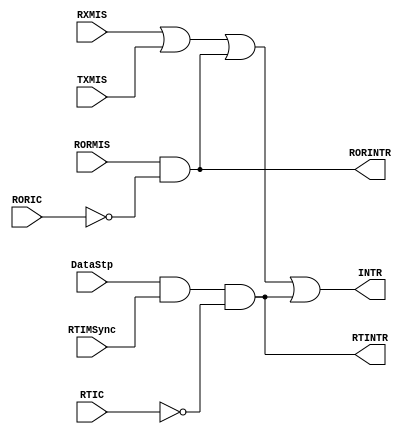
// This program was cloned from: https://github.com/verimake-team/SparkRoad-V
// License: MIT License

// --=========================================================================--
//  This confidential and proprietary software may be used only as
//  authorised by a licensing agreement from ARM Limited
//    (C) COPYRIGHT 2007-2008 ARM Limited
//        ALL RIGHTS RESERVED
//  The entire notice above must be reproduced on all authorised
//  copies and copies may only be made to the extent permitted
//  by a licensing agreement from ARM Limited.
// -----------------------------------------------------------------------------
//  
//  Version and Release Control Information:
//  
//  File Revision          : 20349
//  
//  Release Information : Cortex-M0 DesignStart-r2p0-00rel0
//  
// -----------------------------------------------------------------------------

// -----------------------------------------------------------------------------

// Purpose      : INTR Interrupt generation logic.

// --=========================================================================--

`timescale 1ns/1ps

// -----------------------------------------------------------------------------

module SspIntGen (
                  TXMIS, 
                  RXMIS, 
                  RORMIS,
                  DataStp,
                  RTIMSync,

                  RORIC,
                  RTIC,
                  RORINTR,
                  RTINTR,
                  INTR
                 );

// Inputs
input  TXMIS;    // Tx FIFO Service request
input  RXMIS;    // Rx FIFO Service request
input  RORMIS;   // Rx FIFO Overrun interrupt
input  DataStp;  // Rx TimeOut interrupt input
input  RTIMSync; // Rx TimeOut Interrupt Mask Sync
input  RORIC;    // Rx FIFO Overrun Clear input
input  RTIC;     // Rx TimeOut Clear input

// Outputs
output RORINTR;  // Rx FIFO Overrun interrupt output
output RTINTR;   // RX TimeOut Masked Interrupt output
output INTR;     // Combined interrupt

// -----------------------------------------------------------------------------
//
//                               SspIntGen
//                               =========
//
// -----------------------------------------------------------------------------
//
// Overview
// ========
//
// The combined interrupt INTR is generated as an OR of the individual 
// interrupt sources RXMIS, TXMIS and RORINTR and RTINTR.
// 
// -----------------------------------------------------------------------------

// -----------------------------------------------------------------------------
// Wire declarations
// -----------------------------------------------------------------------------

// -----------------------------------------------------------------------------
// Register  declarations
// -----------------------------------------------------------------------------

// -----------------------------------------------------------------------------
//
// Main body of code
// =================
//
// -----------------------------------------------------------------------------

// ---------------------------------------------------------------------
// -- When the relevant interrupt clear signal is asserted, the
// -- asynchronous interrupt is cleared.  
// ---------------------------------------------------------------------

assign RTINTR  = DataStp & RTIMSync & ~RTIC;
assign RORINTR = RORMIS  & ~RORIC;

// -----------------------------------------------------------------------------
// OR the individual interrupts to generate INTR
// -----------------------------------------------------------------------------
assign INTR = RXMIS | TXMIS | RORINTR | RTINTR;

endmodule

// --============================ End ========================================--